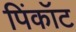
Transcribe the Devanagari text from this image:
पिंकॉट